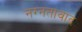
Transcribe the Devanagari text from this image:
नग्नतावाद